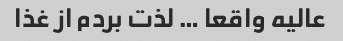
عالیه واقعا … لذت بردم از غذا